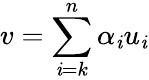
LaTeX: v=\sum_{\mathit{i}=k}^{n}\alpha_{\mathit{i}}u_{\mathit{i}}